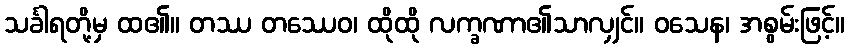
သင်္ခါရတို့မှ ထ၏။ တဿ တဿေဝ၊ ထိုထို လက္ခဏာ၏သာလျှင်။ ဝသေန၊ အစွမ်းဖြင့်။